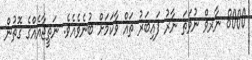
8000 ނާރވް ނުވަތަ ނާރު ފައިބަރު ތައް ވާކަމަށް ބުނެވެއެވެ. ނަތީޖާއެއްގެ ގޮތުން